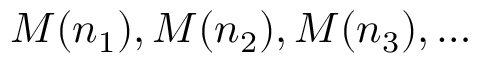
{ \cal M } ( n _ { 1 } ) , { \cal M } ( n _ { 2 } ) , { \cal M } ( n _ { 3 } ) , \ldots